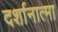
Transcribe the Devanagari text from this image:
दर्शानात्मा